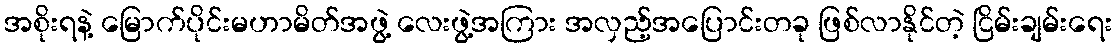
အစိုးရနဲ့ မြောက်ပိုင်းမဟာမိတ်အဖွဲ့ လေးဖွဲ့အကြား အလှည့်အပြောင်းတခု ဖြစ်လာနိုင်တဲ့ ငြိမ်းချမ်းရေး